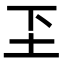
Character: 𬻁